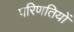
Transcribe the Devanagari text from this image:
परिणतियों